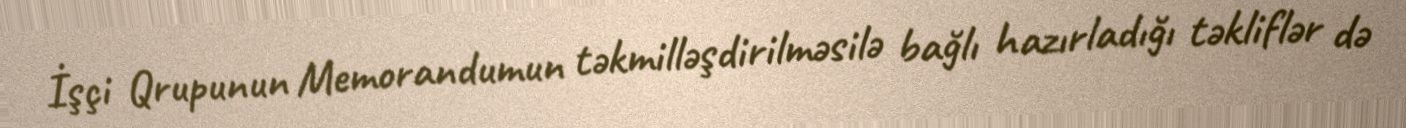
İşçi Qrupunun Memorandumun təkmilləşdirilməsilə bağlı hazırladığı təkliflər də